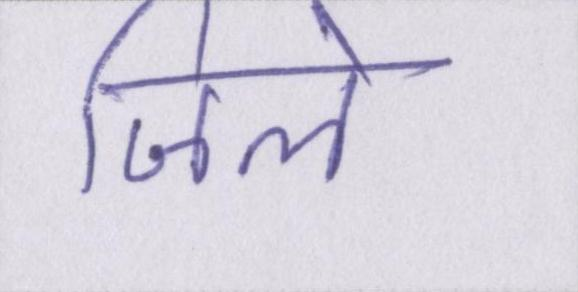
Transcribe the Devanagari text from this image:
जिले